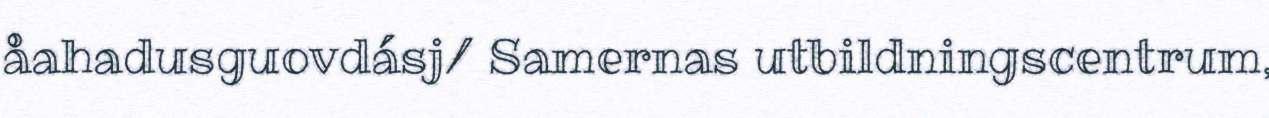
åahadusguovdásj/ Samernas utbildningscentrum,